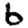
Digit: 6